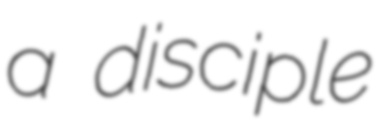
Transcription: a disciple